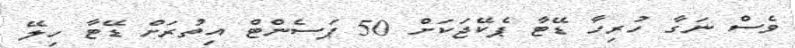
ވެސް ނަގާ ހުރިހާ ޑޭޓާ ޕެކޭޖަކަށް 50 ޕަސެންޓް އިތުރަށް ޑޭޓާ ހިލޭ